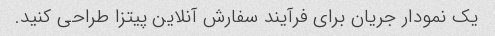
یک نمودار جریان برای فرآیند سفارش آنلاین پیتزا طراحی کنید.